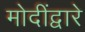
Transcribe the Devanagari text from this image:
मोदींद्वारे